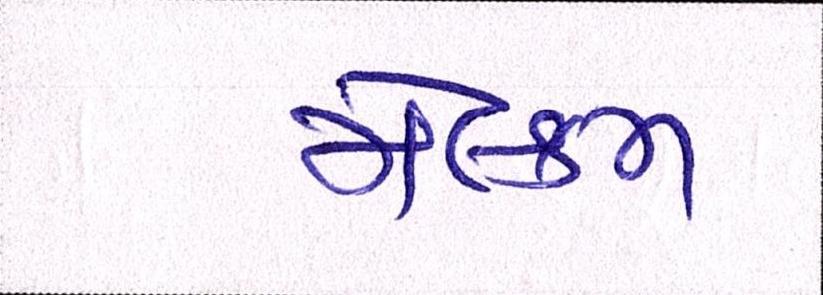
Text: મેલ્કમ